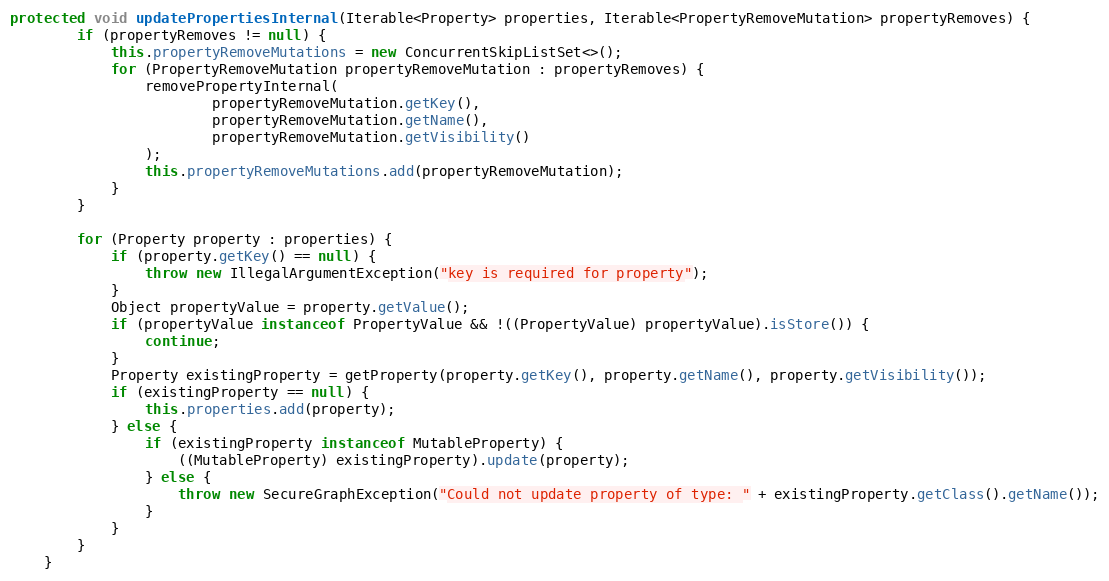
Language: Java
protected void updatePropertiesInternal(Iterable<Property> properties, Iterable<PropertyRemoveMutation> propertyRemoves) {
        if (propertyRemoves != null) {
            this.propertyRemoveMutations = new ConcurrentSkipListSet<>();
            for (PropertyRemoveMutation propertyRemoveMutation : propertyRemoves) {
                removePropertyInternal(
                        propertyRemoveMutation.getKey(),
                        propertyRemoveMutation.getName(),
                        propertyRemoveMutation.getVisibility()
                );
                this.propertyRemoveMutations.add(propertyRemoveMutation);
            }
        }

        for (Property property : properties) {
            if (property.getKey() == null) {
                throw new IllegalArgumentException("key is required for property");
            }
            Object propertyValue = property.getValue();
            if (propertyValue instanceof PropertyValue && !((PropertyValue) propertyValue).isStore()) {
                continue;
            }
            Property existingProperty = getProperty(property.getKey(), property.getName(), property.getVisibility());
            if (existingProperty == null) {
                this.properties.add(property);
            } else {
                if (existingProperty instanceof MutableProperty) {
                    ((MutableProperty) existingProperty).update(property);
                } else {
                    throw new SecureGraphException("Could not update property of type: " + existingProperty.getClass().getName());
                }
            }
        }
    }